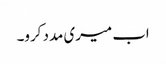
اب میری مدد کرو۔